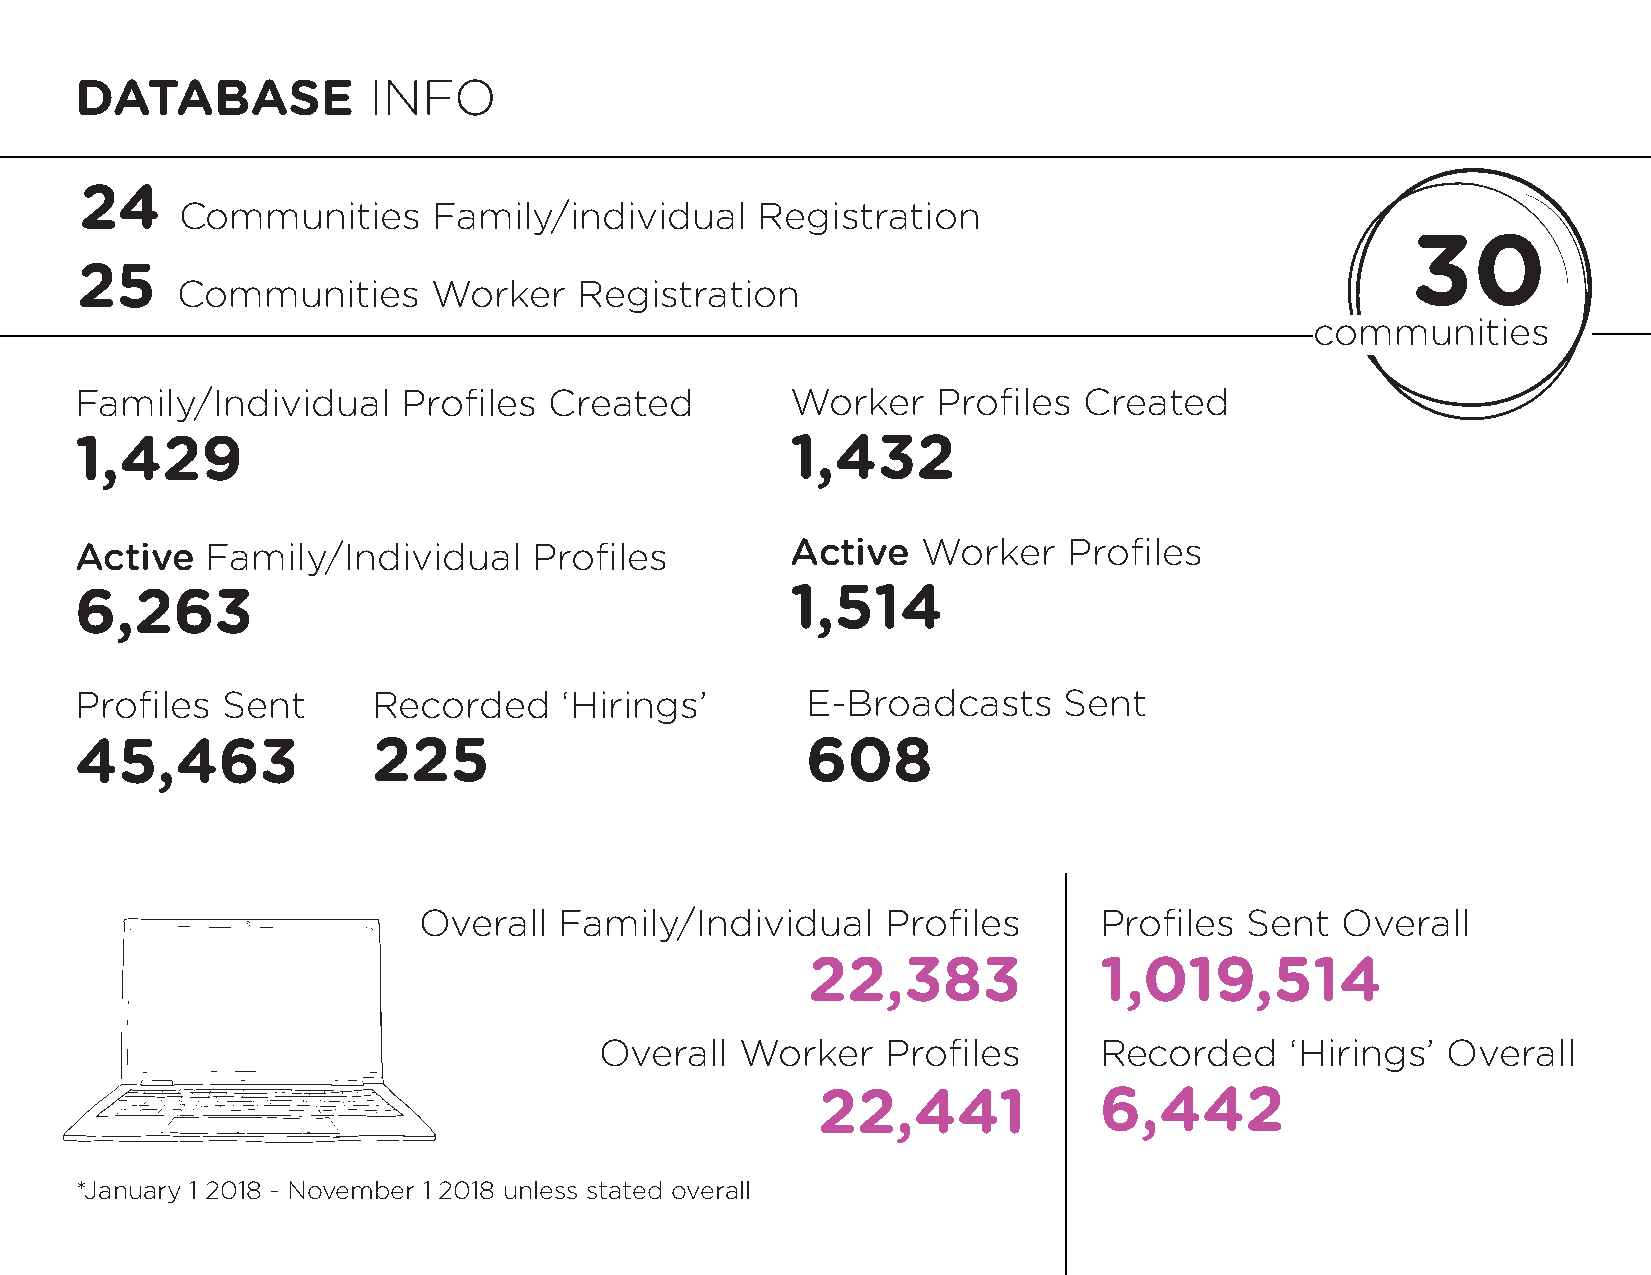
DATABASE           INFO
 24
 Communities      Family/individual    Registration
 30
 25
 Communities      Worker   Registration
 communities
 Family/Individual     Profiles Created         Worker    Profiles  Created
 1,429                                          1,432
 Active   Family/Individual    Profiles         Active   Worker    Profiles
 6,263                                          1,514
 Profiles  Sent      Recorded    ‘Hirings’       E-Broadcasts     Sent
 45,463              225                         608
 Overall  Family/Individual     Profiles      Profiles Sent   Overall
 22,383              1,019,514
 Overall  Worker    Profiles      Recorded    ‘Hirings’  Overall
 22,441             6,442
 *January 1 2018 - November 1 2018 unless stated overall